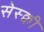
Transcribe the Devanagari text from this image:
सेस्क्वी